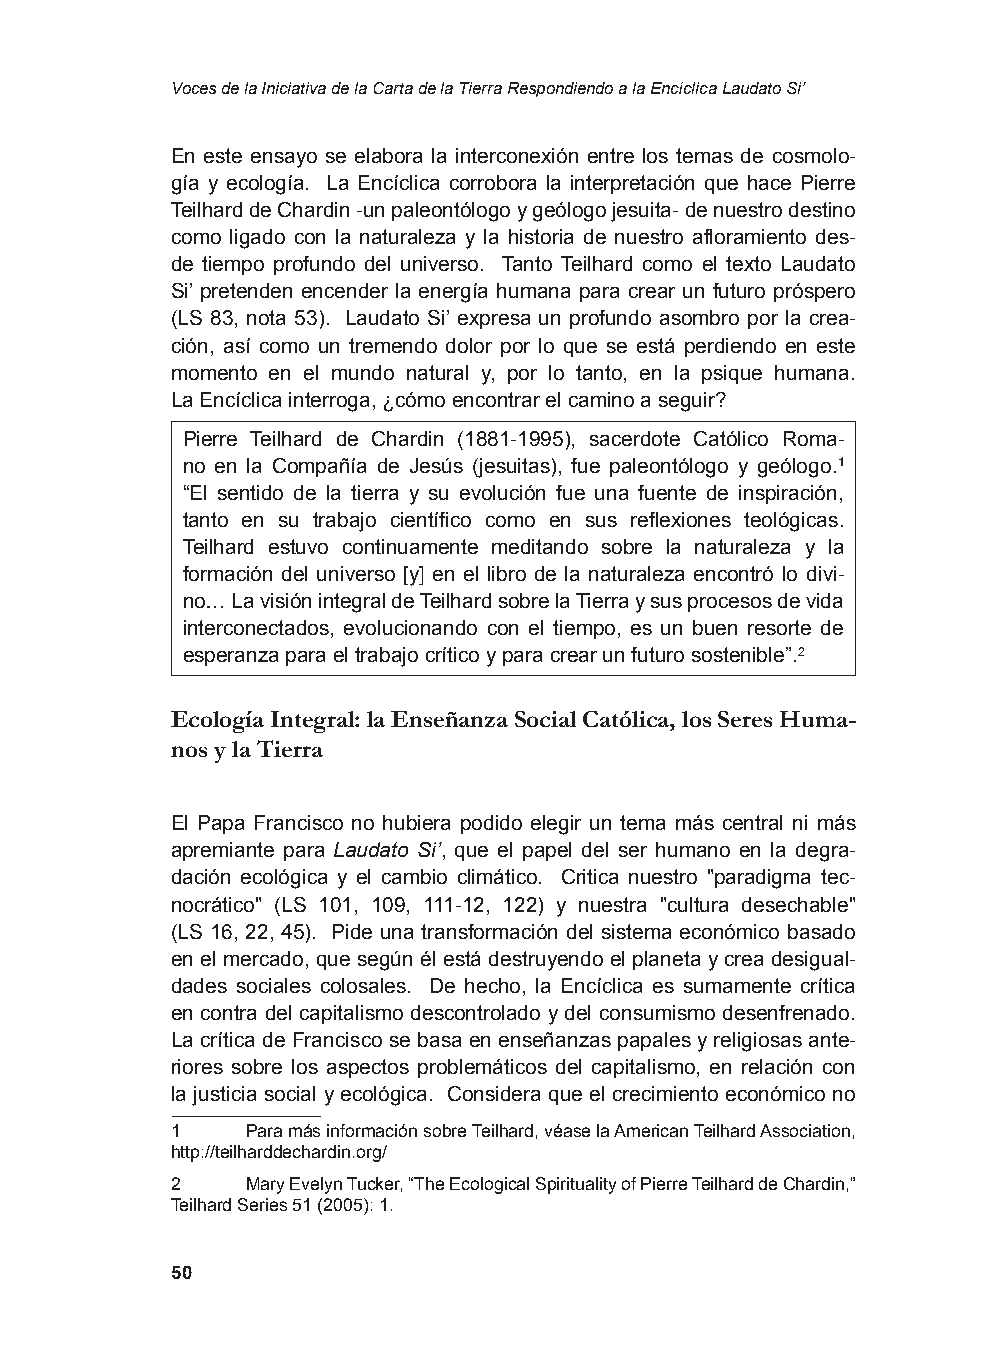
Voces de la Iniciativa de la Carta de la Tierra Respondiendo a la Encíclica Laudato Si’
 En este ensayo se elabora la interconexión entre los temas de cosmolo-
 gía y ecología. La Encíclica corrobora la interpretación que hace Pierre
 Teilhard de Chardin -un paleontólogo y geólogo jesuita- de nuestro destino
 como ligado con la naturaleza y la historia de nuestro afloramiento des-
 de tiempo profundo del universo. Tanto Teilhard como el texto Laudato
 Si’ pretenden encender la energía humana para crear un futuro próspero
 (LS 83, nota 53). Laudato Si’ expresa un profundo asombro por la crea-
 ción, así como un tremendo dolor por lo que se está perdiendo en este
 momento en el mundo natural y, por lo tanto, en la psique humana.
 La Encíclica interroga, ¿cómo encontrar el camino a seguir?
 Pierre Teilhard de Chardin (1881-1995), sacerdote Católico Roma-
 no en la Compañía de Jesús (jesuitas), fue paleontólogo y geólogo.1
 “El sentido de la tierra y su evolución fue una fuente de inspiración,
 tanto en su trabajo científico como en sus reflexiones teológicas.
 Teilhard estuvo continuamente meditando sobre la naturaleza y la
 formación del universo [y] en el libro de la naturaleza encontró lo divi-
 no… La visión integral de Teilhard sobre la Tierra y sus procesos de vida
 interconectados, evolucionando con el tiempo, es un buen resorte de
 esperanza para el trabajo crítico y para crear un futuro sostenible”.2
 Ecología Integral: la Enseñanza Social Católica, los Seres Huma-
 nos y la Tierra
 El Papa Francisco no hubiera podido elegir un tema más central ni más
 apremiante para Laudato Si’, que el papel del ser humano en la degra-
 dación ecológica y el cambio climático. Critica nuestro "paradigma tec-
 nocrático" (LS 101, 109, 111-12, 122) y nuestra "cultura desechable"
 (LS 16, 22, 45). Pide una transformación del sistema económico basado
 en el mercado, que según él está destruyendo el planeta y crea desigual-
 dades sociales colosales. De hecho, la Encíclica es sumamente crítica
 en contra del capitalismo descontrolado y del consumismo desenfrenado.
 La crítica de Francisco se basa en enseñanzas papales y religiosas ante-
 riores sobre los aspectos problemáticos del capitalismo, en relación con
 la justicia social y ecológica. Considera que el crecimiento económico no
 1    Para más información sobre Teilhard, véase la American Teilhard Association,
 http://teilharddechardin.org/
 2    Mary Evelyn Tucker, “The Ecological Spirituality of Pierre Teilhard de Chardin,”
 Teilhard Series 51 (2005): 1.
 50